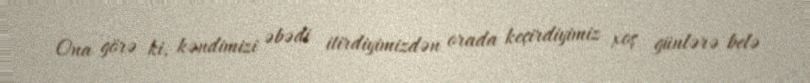
Ona görə ki, kəndimizi əbədi itirdiyimizdən orada keçirdiyimiz xoş günlərə belə